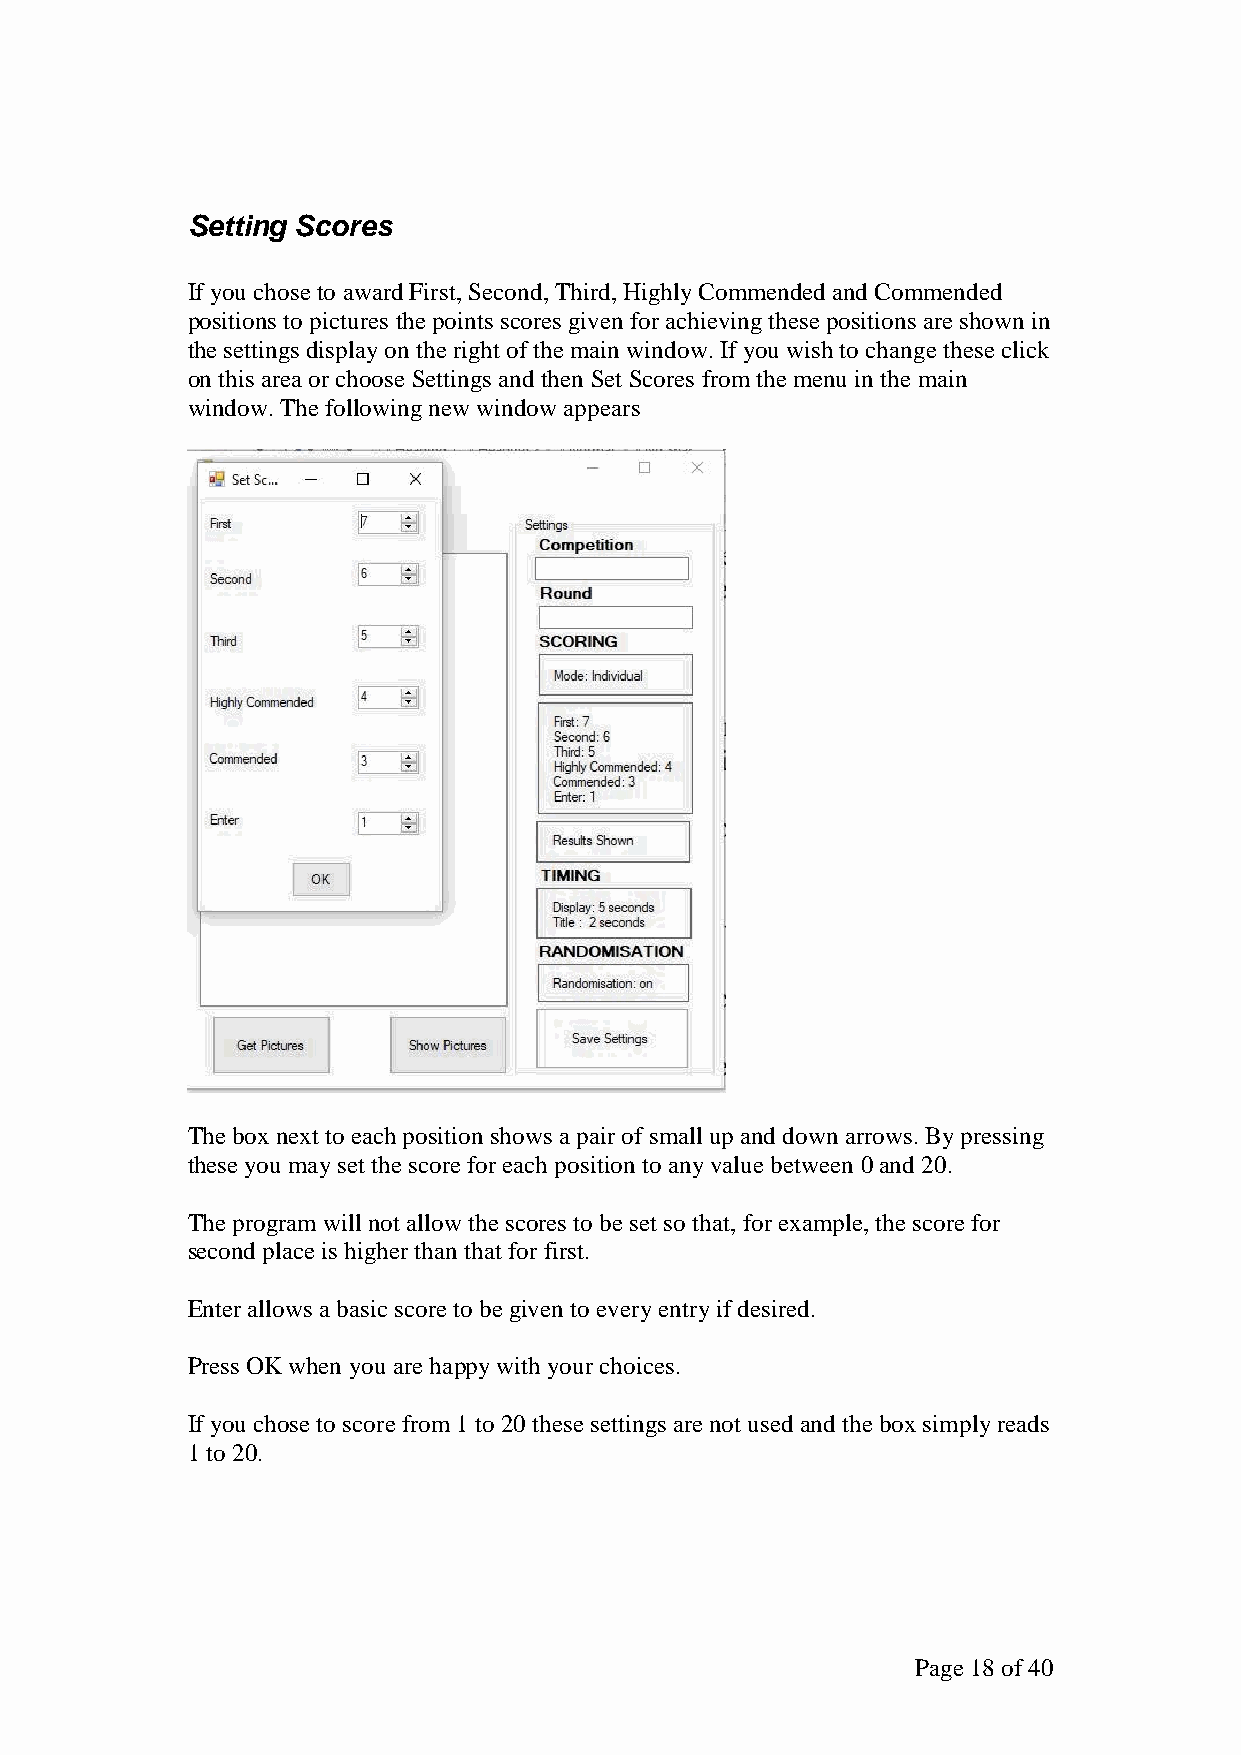
Setting Scores
 If you chose to award First, Second, Third, Highly Commended and Commended
 positions to pictures the points scores given for achieving these positions are shown in
 the settings display on the right of the main window. If you wish to change these click
 on this area or choose Settings and then Set Scores from the menu in the main
 window. The following new window appears
 The box next to each position shows a pair of small up and down arrows. By pressing
 these you may set the score for each position to any value between 0 and 20.
 The program will not allow the scores to be set so that, for example, the score for
 second place is higher than that for first.
 Enter allows a basic score to be given to every entry if desired.
 Press OK when you are happy with your choices.
 If you chose to score from 1 to 20 these settings are not used and the box simply reads
 1 to 20.
 Page 18 of 40